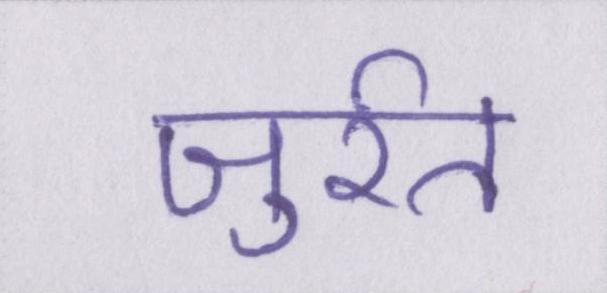
जुर्रत